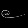
Digit: ၉